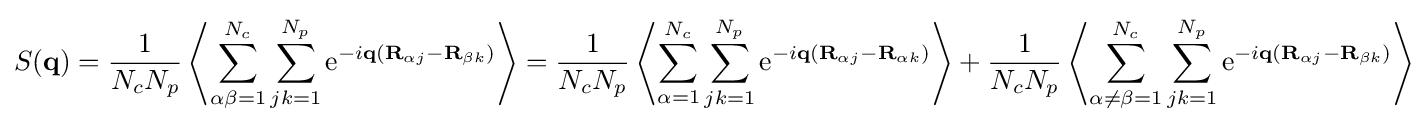
S(\mathbf {q} )={\frac {1}{N_{c}N_{p}}}\left\langle \sum _{\alpha \beta =1}^{N_{c}}\sum _{jk=1}^{N_{p}}\mathrm {e} ^{-i\mathbf {q} (\mathbf {R} _{\alpha j}-\mathbf {R} _{\beta k})}\right\rangle ={\frac {1}{N_{c}N_{p}}}\left\langle \sum _{\alpha =1}^{N_{c}}\sum _{jk=1}^{N_{p}}\mathrm {e} ^{-i\mathbf {q} (\mathbf {R} _{\alpha j}-\mathbf {R} _{\alpha k})}\right\rangle +{\frac {1}{N_{c}N_{p}}}\left\langle \sum _{\alpha \neq \beta =1}^{N_{c}}\sum _{jk=1}^{N_{p}}\mathrm {e} ^{-i\mathbf {q} (\mathbf {R} _{\alpha j}-\mathbf {R} _{\beta k})}\right\rangle